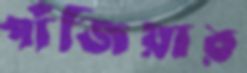
পাঁজিয়ার